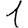
Digit: 1